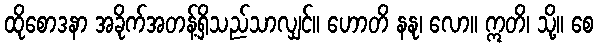
ထိုစောဒနာ အခိုက်အတန့်ရှိသည်သာလျှင်။ ဟောတိ နနု၊ လော။ ဣတိ၊ သို့။ စေ